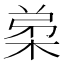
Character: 𭪗